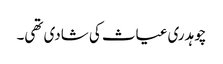
چوہدری غیاث کی شادی تھی۔